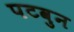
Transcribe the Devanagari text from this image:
पटवुन